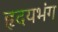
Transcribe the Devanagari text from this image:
हृदयभंग